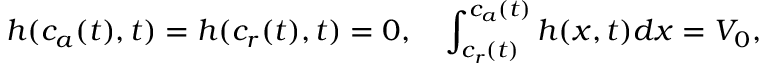
h ( c _ { a } ( t ) , t ) = h ( c _ { r } ( t ) , t ) = 0 , \quad \int _ { c _ { r } ( t ) } ^ { c _ { a } ( t ) } h ( x , t ) d x = V _ { 0 } ,